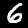
Label: 6